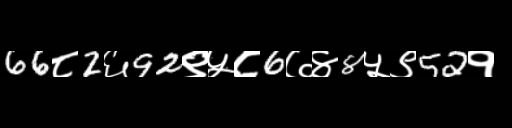
Text: 66८2६92९५८6७४8५९52१